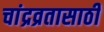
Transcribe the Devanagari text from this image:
चांद्रव्रतासाठी